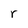
Character: r